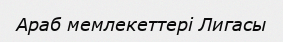
Араб мемлекеттері Лигасы